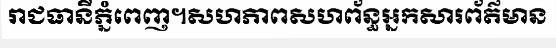
រាជធានីភ្នំពេញ។សហភាពសហព័ន្ធអ្នកសារព័ត៌មាន